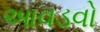
આવડવો